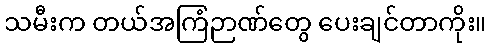
သမီးက တယ်အကြံဉာဏ်တွေ ပေးချင်တာကိုး။